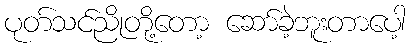
ပုတ်သင်ညိုတို့တော့ ဆော်ခဲ့ဘူးတာပေါ့